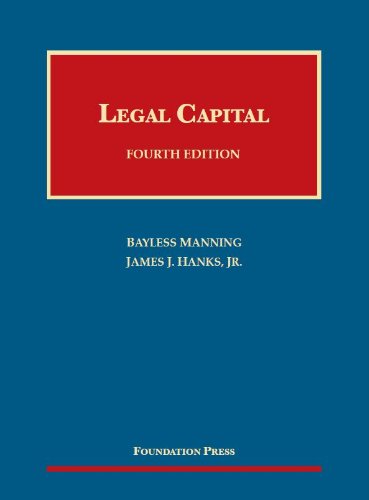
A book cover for Legal Capital (University Casebook Series); Bayless Manning; Law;